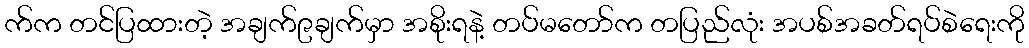
က်က တင်ပြထားတဲ့ အချက်၉ချက်မှာ အစိုးရနဲ့ တပ်မတော်က တပြည်လုံး အပစ်အခတ်ရပ်စဲရေးကို